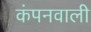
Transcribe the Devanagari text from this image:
कंपनवाली